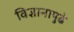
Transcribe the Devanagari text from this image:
विज्ञानापुढे